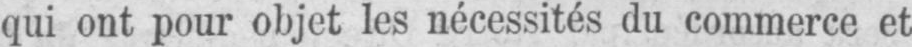
qui ont pour objet les nécessités du commerce et